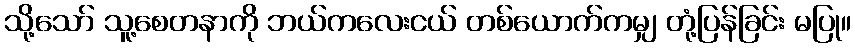
သို့သော် သူ့စေတနာကို ဘယ်ကလေးငယ် တစ်ယောက်ကမျှ တုံ့ပြန်ခြင်း မပြု။